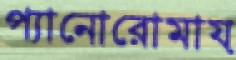
প্যানোরোমায়